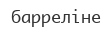
барреліне